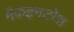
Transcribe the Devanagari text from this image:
मैकइनटोश